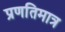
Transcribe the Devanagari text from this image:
प्रणतिमात्र